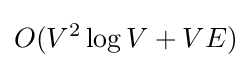
O(V^{2}\log {V}+VE)